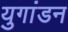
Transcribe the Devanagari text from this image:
युगांडन